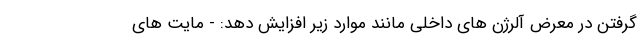
گرفتن در معرض آلرژن های داخلی مانند موارد زیر افزایش دهد: - مایت های